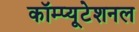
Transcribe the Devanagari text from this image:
कॉम्प्यूटेशनल